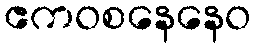
ဧကဝစနေနေဝ